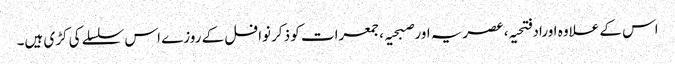
اس کے علاوہ اوراد فتحیہ، عصریہ اور صبحیہ ،جمعرات کو ذکر نوافل کے روزے اس سلسلے کی کڑی ہیں۔